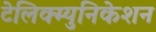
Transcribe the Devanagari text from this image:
टेलिक्म्युनिकेशन